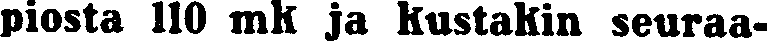
piosta 110 mk ja kustakin seuraa-